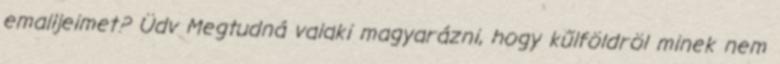
emailjeimet? Üdv Megtudná valaki magyarázni, hogy kűlföldröl minek nem